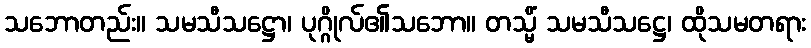
သဘောတည်း။ သမသီသဋ္ဌော၊ ပုဂ္ဂိုလ်၏သဘော။ တသ္မိံ သမသီသဋ္ဌေ၊ ထိုသမတရား